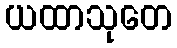
ယထာသုတေ